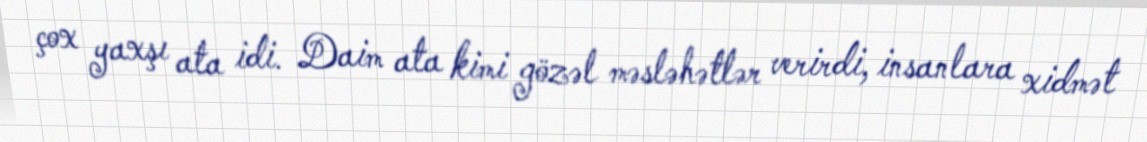
çox yaxşı ata idi. Daim ata kimi gözəl məsləhətlər verirdi, insanlara xidmət